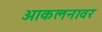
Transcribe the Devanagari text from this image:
आकलनावर